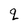
Character: q